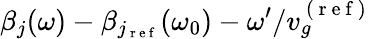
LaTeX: \beta_{j}(\omega)-\beta_{j_{\mathrm{~r~e~f~}}}(\omega_{0})-\omega^{\prime}/v_{g}^{\mathrm{~(~r~e~f~)~}}